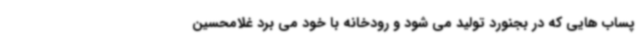
پساب هایی که در بجنورد تولید می شود و رودخانه با خود می برد غلامحسین